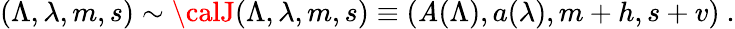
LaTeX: (\Lambda,\lambda,m,s)\sim{\calJ}(\Lambda,\lambda,m,s)\equiv(\mathit{A}(\Lambda),a(\lambda),m+h,s+v)~.